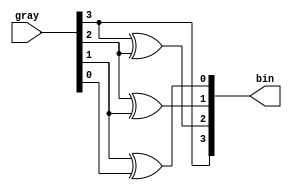
module g2b(gray, bin);
input [3:0] gray;
output [3:0] bin;
integer  i;

assign bin[3] = gray[3];
assign bin[2] = gray[3] ^ gray[2];
assign bin[1] = gray[2] ^ gray[1];
assign bin[0] = gray[1] ^ gray[0];
endmodule